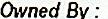
OWNED BY :